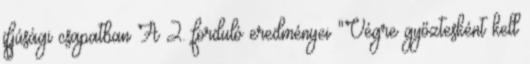
ifjúsági csapatban A 2. forduló eredményei "Végre győztesként kell